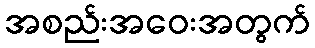
အစည်းအဝေးအတွက်